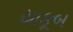
યાકૂબ